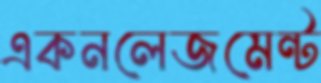
একনলেজমেন্ট